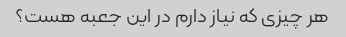
هر چیزی که نیاز دارم در این جعبه هست؟